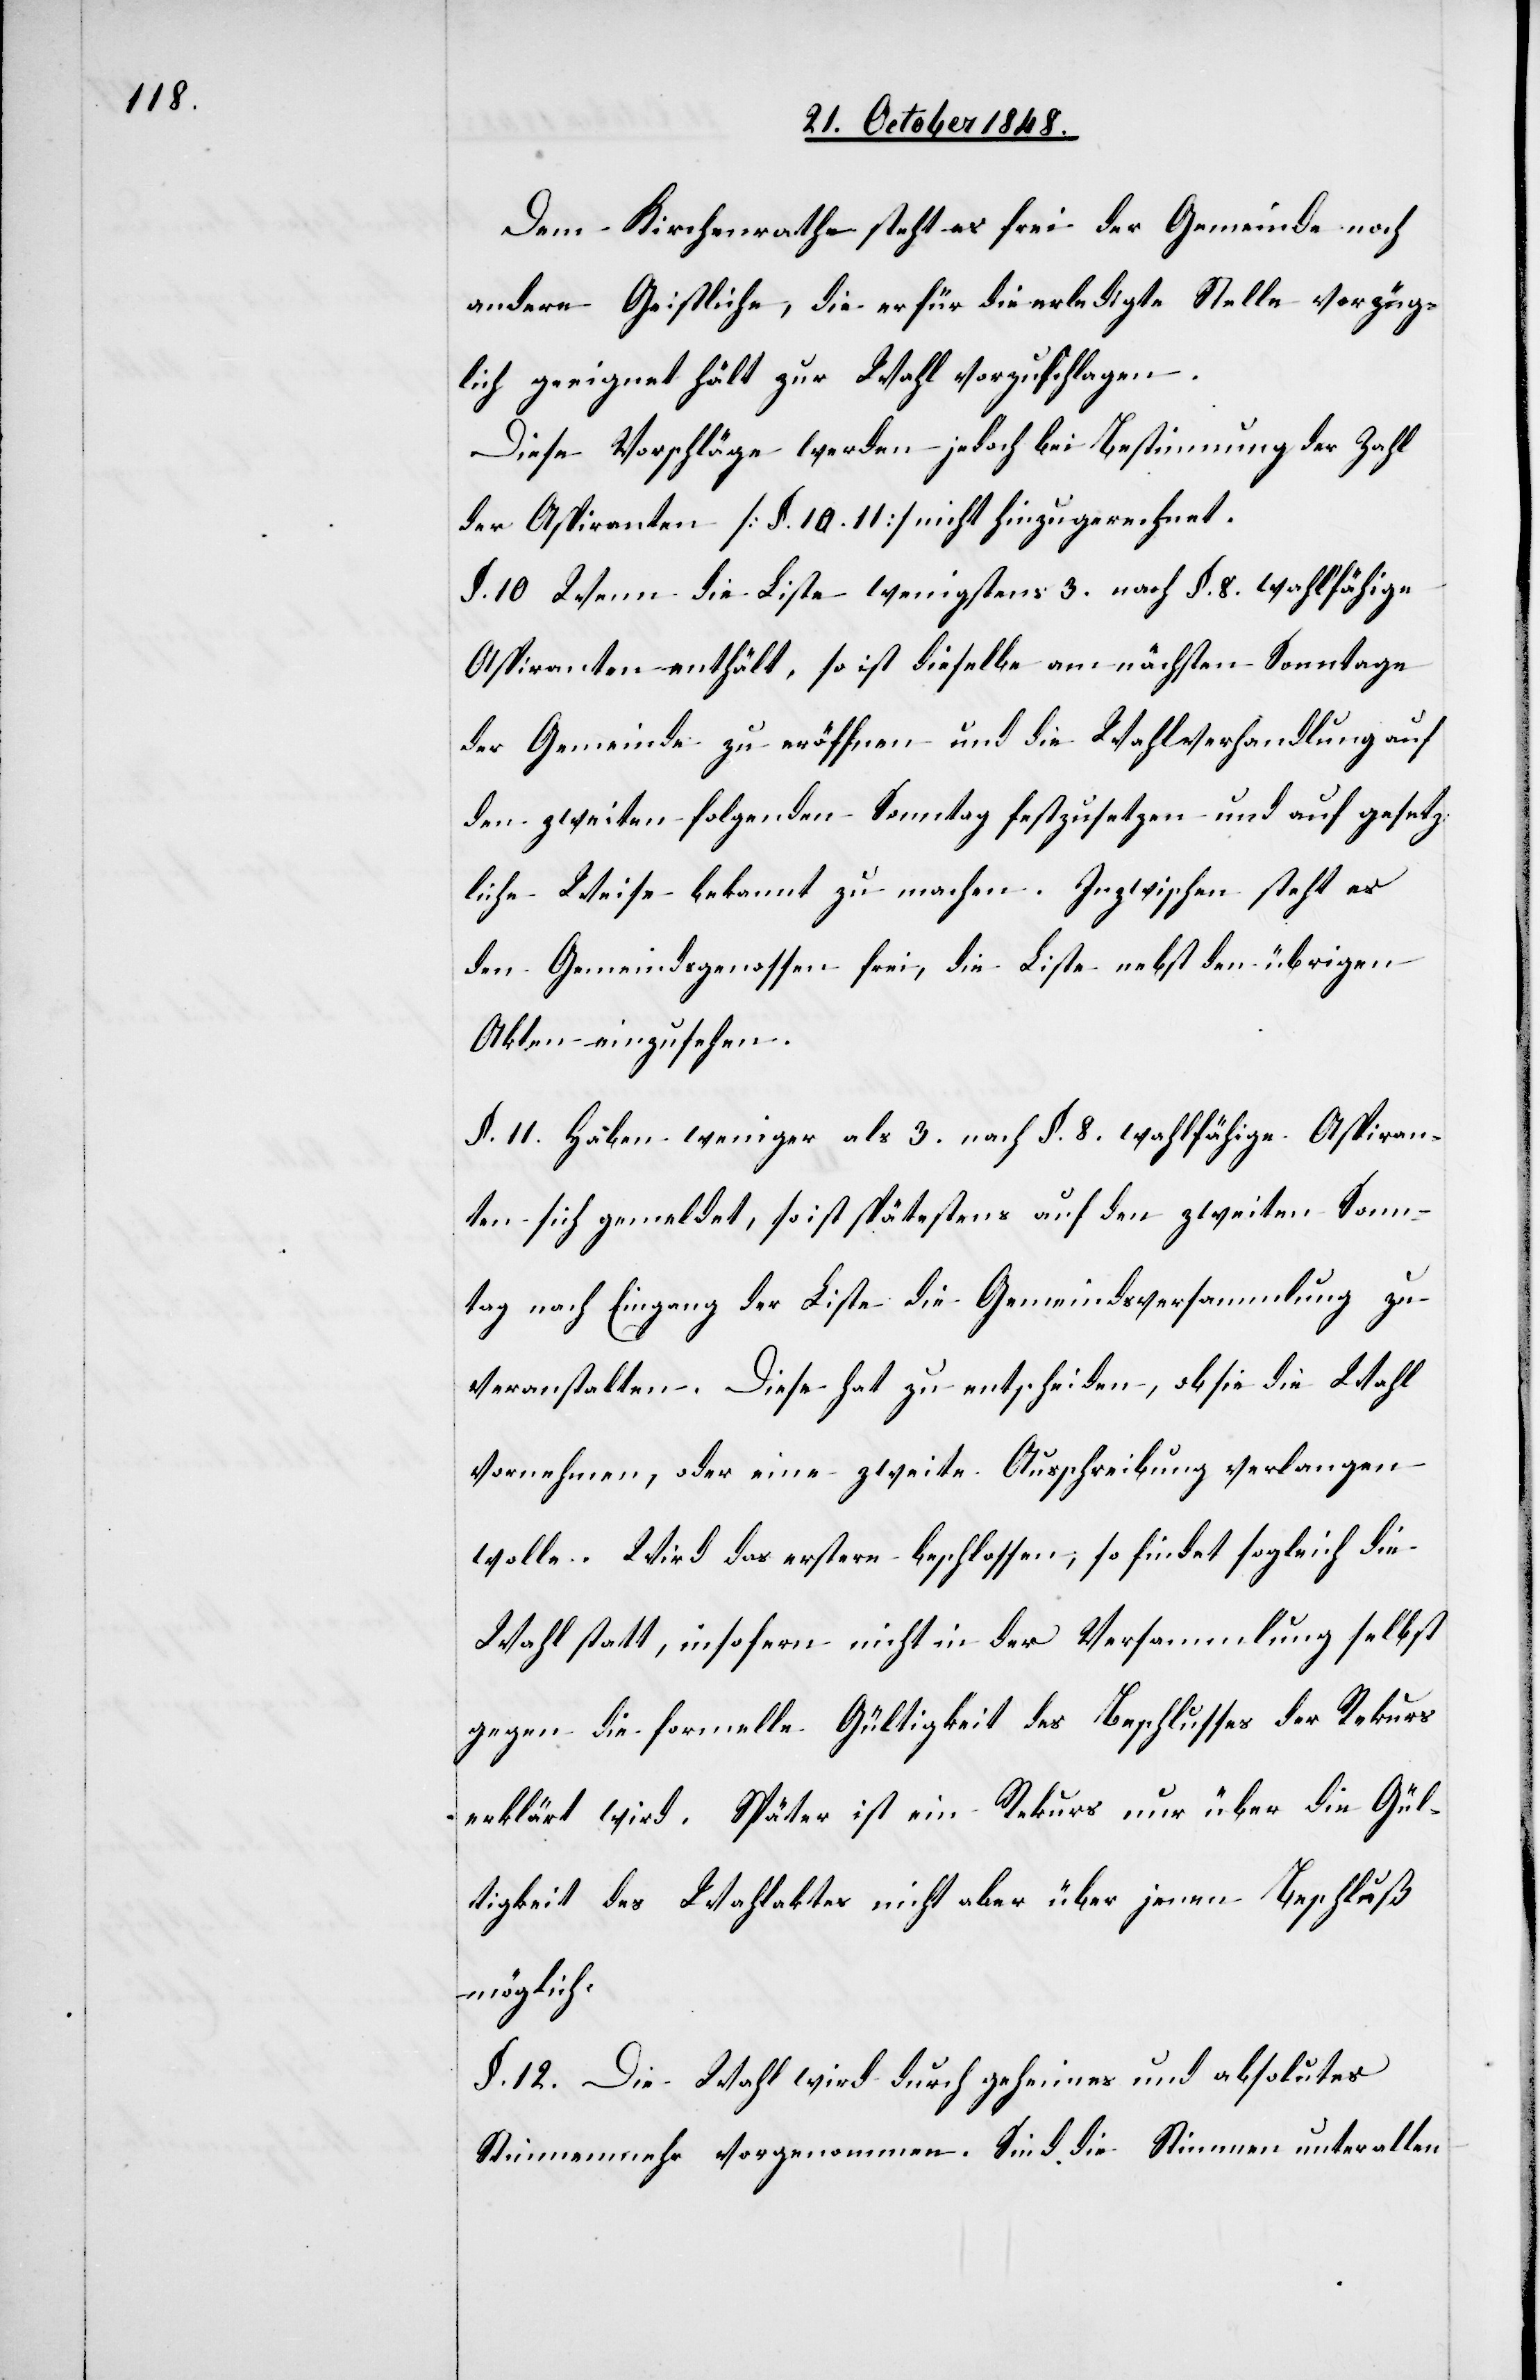
Dem Kirchenrathe steht es frei der Gemeinde noch
andere Geistliche, die er für die erledigte Stelle vorzüg¬
lich geeignet hält zur Wahl vorzuschlagen.
Diese Vorschläge werden jedoch bei Bestimmung der Wahl
der Aspiranten [§. 10. 11.] nicht hinzugerechnet.
§. 10. Wenn die Liste wenigstens 3. nach §. 8. wahlfähige
Aspiranten enthält, so ist dieselbe am nächsten Sonntage
der Gemeinde zu eröffnen und die Wahlverhandlung auf
den zweiten folgenden Sonntag festzusetzen und auf gesetz¬
liche Weise bekannt zu machen. Inzwischen steht es
den Gemeindsgenossen frei, die Liste nebst den übrigen
Akten einzusenden.
§. 11. Haben weniger als 3. nach §. 8. wahlfähige Aspiran¬
ten sich gemeldet, so ist spätestens auf den zweiten Sonn¬
tag nach Eingang der Liste die Gemeindsversammlung zu
veranstalten. Diese hat zu entscheiden, ob sie die Wahl
vornehmen, oder ein zweite Ausschreibung verlangen
wolle. Wird das erstere beschlossen, so findet sogleich die
Wahl statt, insofern nicht in der Versammlung selbst
gegen die formelle Gültigkeit des Beschlusses der Rekurs
erklärt wird. Später ist ein Rekurs nur über die Gül¬
tigkeit des Wahlaktes nicht aber über jenen Beschluß
möglich.
§. 12. Die Wahl wird durch geheimes und absolutes
Stimmenmehr vorgenommen. Sind die Stimmen unter allen